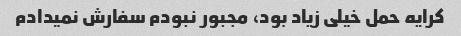
کرایه حمل خیلی زیاد بود، مجبور نبودم سفارش نمیدادم